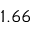
1 . 6 6